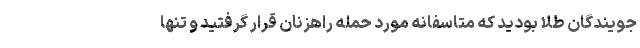
جویندگان طلا بودید که متاسفانه مورد حمله راهزنان قرار گرفتید و تنها